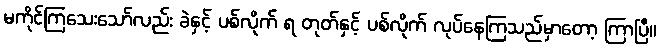
မကိုင်ကြသေးသော်လည်း ခဲနှင့် ပစ်လိုက် ရ တုတ်နှင့် ပစ်လိုက် လုပ်နေကြသည်မှာတော့ ကြာပြီ။